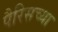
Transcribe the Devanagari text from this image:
पैरिसच्या